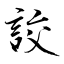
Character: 詨